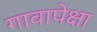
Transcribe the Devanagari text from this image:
गावापेक्षा